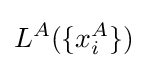
L^{A}(\{x_{i}^{A}\})